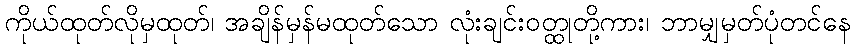
ကိုယ်ထုတ်လိုမှထုတ်၊ အချိန်မှန်မထုတ်သော လုံးချင်းဝတ္ထုတို့ကား၊ ဘာမျှမှတ်ပုံတင်နေ